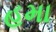
હમા